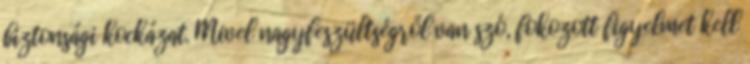
biztonsági kockázat. Mivel nagyfeszültségről van szó, fokozott figyelmet kell